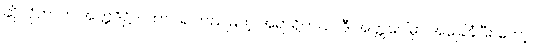
ဆိုလိုတာက အတ္တဒိဋ္ဌိ - ထာဝရ တည်မြဲတဲ့ အရာရှိတယ်၊ ဒီ အတ္တပေါ်မှာ အခြေခံပြီး တော့